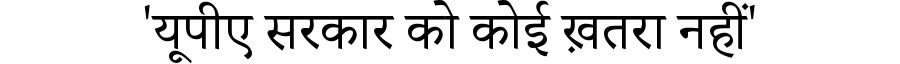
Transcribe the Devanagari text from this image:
'यूपीए सरकार को कोई ख़तरा नहीं'